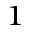
_ 1